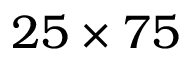
2 5 \times 7 5